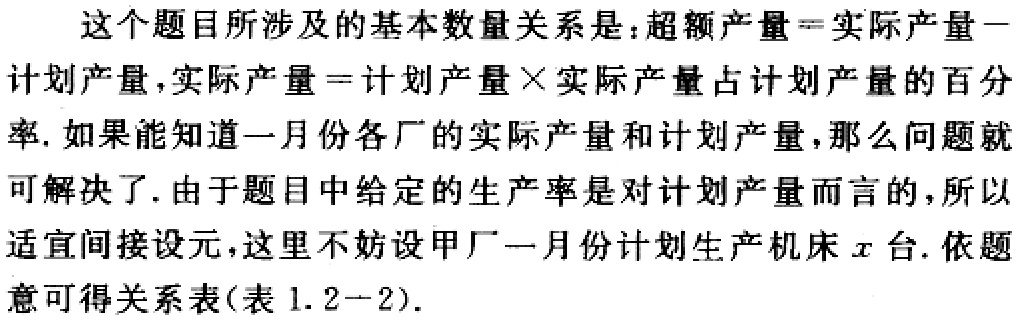
这个题目所涉及的基本数量关系是：超额产量 = 实际产量 - 计划产量，实际产量 = 计划产量×实际产量占计划产量的百分率. 如果能知道一月份各厂的实际产量和计划产量，那么问题就可解决了. 由于题目中给定的生产率是对计划产量而言的，所以适宜间接设元，这里不妨设甲厂一月份计划生产机床\(x\)台. 依题意可得关系表(表1.2 - 2).